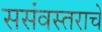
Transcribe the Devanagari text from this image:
ससंवस्तराचे